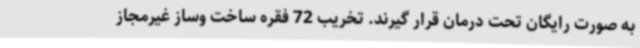
به صورت رایگان تحت درمان قرار گیرند. تخریب 72 فقره ساخت وساز غیرمجاز